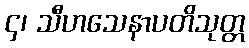
၄၊ သီဟသေနာပတိသုတ္တ